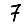
Digit: 7